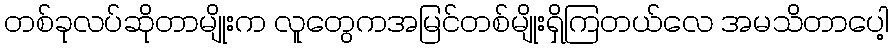
တစ်ခုလပ်ဆိုတာမျိုးက လူတွေကအမြင်တစ်မျိုးရှိကြတယ်လေ အမသိတာပေါ့